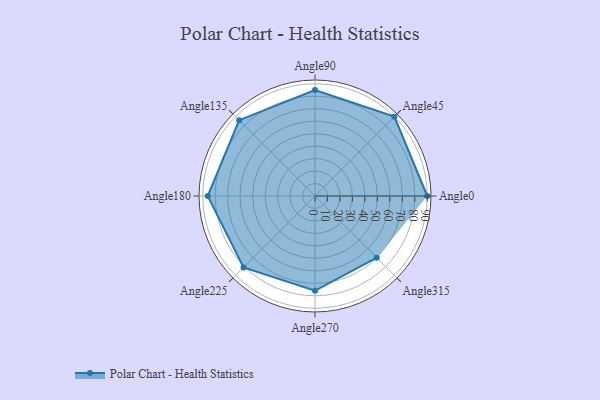
{"axis": {"x": "Angle", "y": "Radius"}, "legend": [""], "data": [{"x": "Angle0", "y": 90.0, "type": ""}, {"x": "Angle45", "y": 90.0, "type": ""}, {"x": "Angle90", "y": 85.0, "type": ""}, {"x": "Angle135", "y": 86.0, "type": ""}, {"x": "Angle180", "y": 86.0, "type": ""}, {"x": "Angle225", "y": 81.0, "type": ""}, {"x": "Angle270", "y": 76.0, "type": ""}, {"x": "Angle315", "y": 70.0, "type": ""}]}